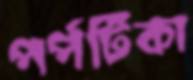
পর্পটিকা